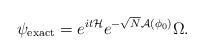
LaTeX: \begin{align*} \psi_{\operatorname{exact}}= e^{it\mathcal{H}}e^{-\sqrt{N}\mathcal{A}(\phi_0)}\Omega.\end{align*}